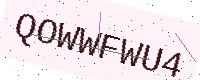
Text: QOWWFWU4